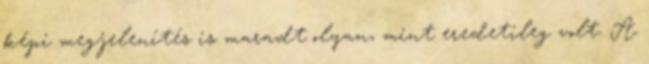
képi megjelenítés is maradt olyan, mint eredetileg volt. A